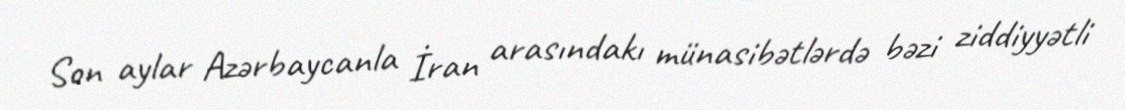
Son aylar Azərbaycanla İran arasındakı münasibətlərdə bəzi ziddiyyətli